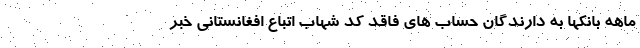
ماهه بانکها به دارندگان حساب های فاقد کد شهاب اتباع افغانستانی خبر